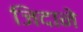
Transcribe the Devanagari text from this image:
जिदाने